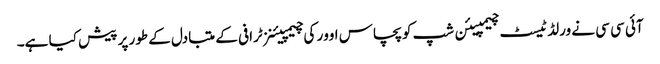
آئی سی سی نے ورلڈ ٹیسٹ چیمپیئن شپ کو پچاس اوور کی چیمپیئنز ٹرافی کے متبادل کے طور پر پیش کیا ہے۔